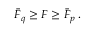
\begin{array} { r } { \bar { F } _ { q } \geq F \geq \bar { F } _ { p } \, . } \end{array}